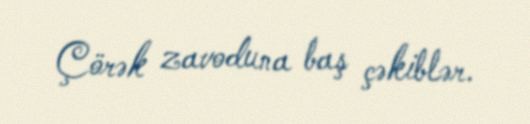
Çörək zavoduna baş çəkiblər.